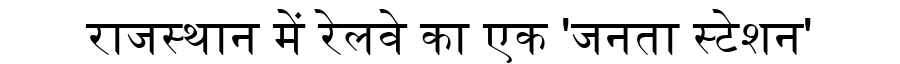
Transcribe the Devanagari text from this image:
राजस्थान में रेलवे का एक 'जनता स्टेशन'